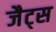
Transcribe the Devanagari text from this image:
जैट्स